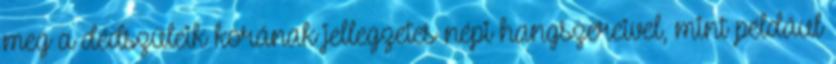
meg a dédszüleik korának jellegzetes népi hangszereivel, mint például